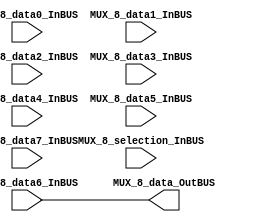
//=======================================================
//  MODULE Definition
//=======================================================
module MUX_8 #(parameter DATAWIDTH_MUX_SELECTION=3, parameter DATAWIDTH_BUS=32)(
	//////////// OUTPUTS //////////
	MUX_8_data_OutBUS,
	//////////// INPUTS //////////
	MUX_8_data0_InBUS,
	MUX_8_data1_InBUS,
	MUX_8_data2_InBUS,	
	MUX_8_data3_InBUS,	
	MUX_8_data4_InBUS,	
	MUX_8_data5_InBUS,	
	MUX_8_data6_InBUS,	
	MUX_8_data7_InBUS,	
	MUX_8_selection_InBUS
);
//=======================================================
//  PARAMETER declarations
//=======================================================

//=======================================================
//  PORT declarations
//=======================================================
output reg	[DATAWIDTH_BUS-1:0] MUX_8_data_OutBUS;
input			[DATAWIDTH_BUS-1:0] MUX_8_data0_InBUS;
input			[DATAWIDTH_BUS-1:0] MUX_8_data1_InBUS;
input			[DATAWIDTH_BUS-1:0] MUX_8_data2_InBUS;
input			[DATAWIDTH_BUS-1:0] MUX_8_data3_InBUS;	
input			[DATAWIDTH_BUS-1:0] MUX_8_data4_InBUS;
input			[DATAWIDTH_BUS-1:0] MUX_8_data5_InBUS;
input			[DATAWIDTH_BUS-1:0] MUX_8_data6_InBUS;
input			[DATAWIDTH_BUS-1:0] MUX_8_data7_InBUS;
input			[DATAWIDTH_MUX_SELECTION-1:0] MUX_8_selection_InBUS;
//=======================================================
//  REG/WIRE declarations
//=======================================================

//=======================================================
//  Structural coding
//=======================================================
//INPUT LOGIC: COMBINATIONAL
always@(*)
begin
	case (MUX_8_selection_InBUS)	
	// Example to more outputs: WaitStart: begin sResetCounter = 0; sCuenteUP = 0; end
		8'b11111110: MUX_8_data_OutBUS = MUX_8_data0_InBUS;
		8'b11111101: MUX_8_data_OutBUS = MUX_8_data1_InBUS;
		8'b11111011: MUX_8_data_OutBUS = MUX_8_data2_InBUS;
		8'b11110111: MUX_8_data_OutBUS = MUX_8_data3_InBUS;
		8'b11101111: MUX_8_data_OutBUS = MUX_8_data4_InBUS;
		8'b11011111: MUX_8_data_OutBUS = MUX_8_data5_InBUS;
		8'b10111111: MUX_8_data_OutBUS = MUX_8_data6_InBUS;
		8'b01111111: MUX_8_data_OutBUS = MUX_8_data7_InBUS;
		default :  MUX_8_data_OutBUS = MUX_8_data6_InBUS; // channel 0 is selected 
	endcase
end
//=======================================================
//  Outputs
//=======================================================
// OUTPUT LOGIC : COMBINATIONAL

endmodule